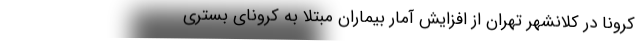
کرونا در کلانشهر تهران از افزایش آمار بیماران مبتلا به کرونای بستری